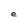
Character: e